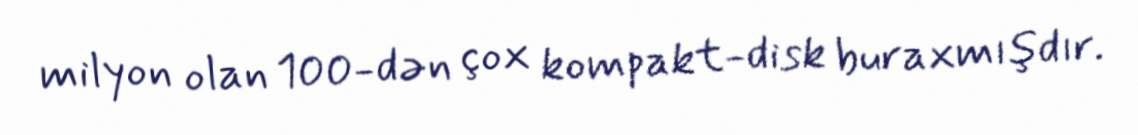
milyon olan 100-dən çox kompakt-disk buraxmışdır.